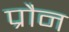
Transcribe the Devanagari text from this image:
प्रौन